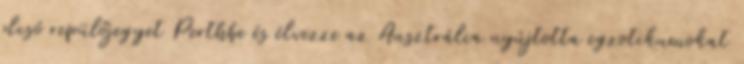
olcsó repülőjegyet Perthbe és élvezze az Ausztrália nyújtotta egzotikumokat